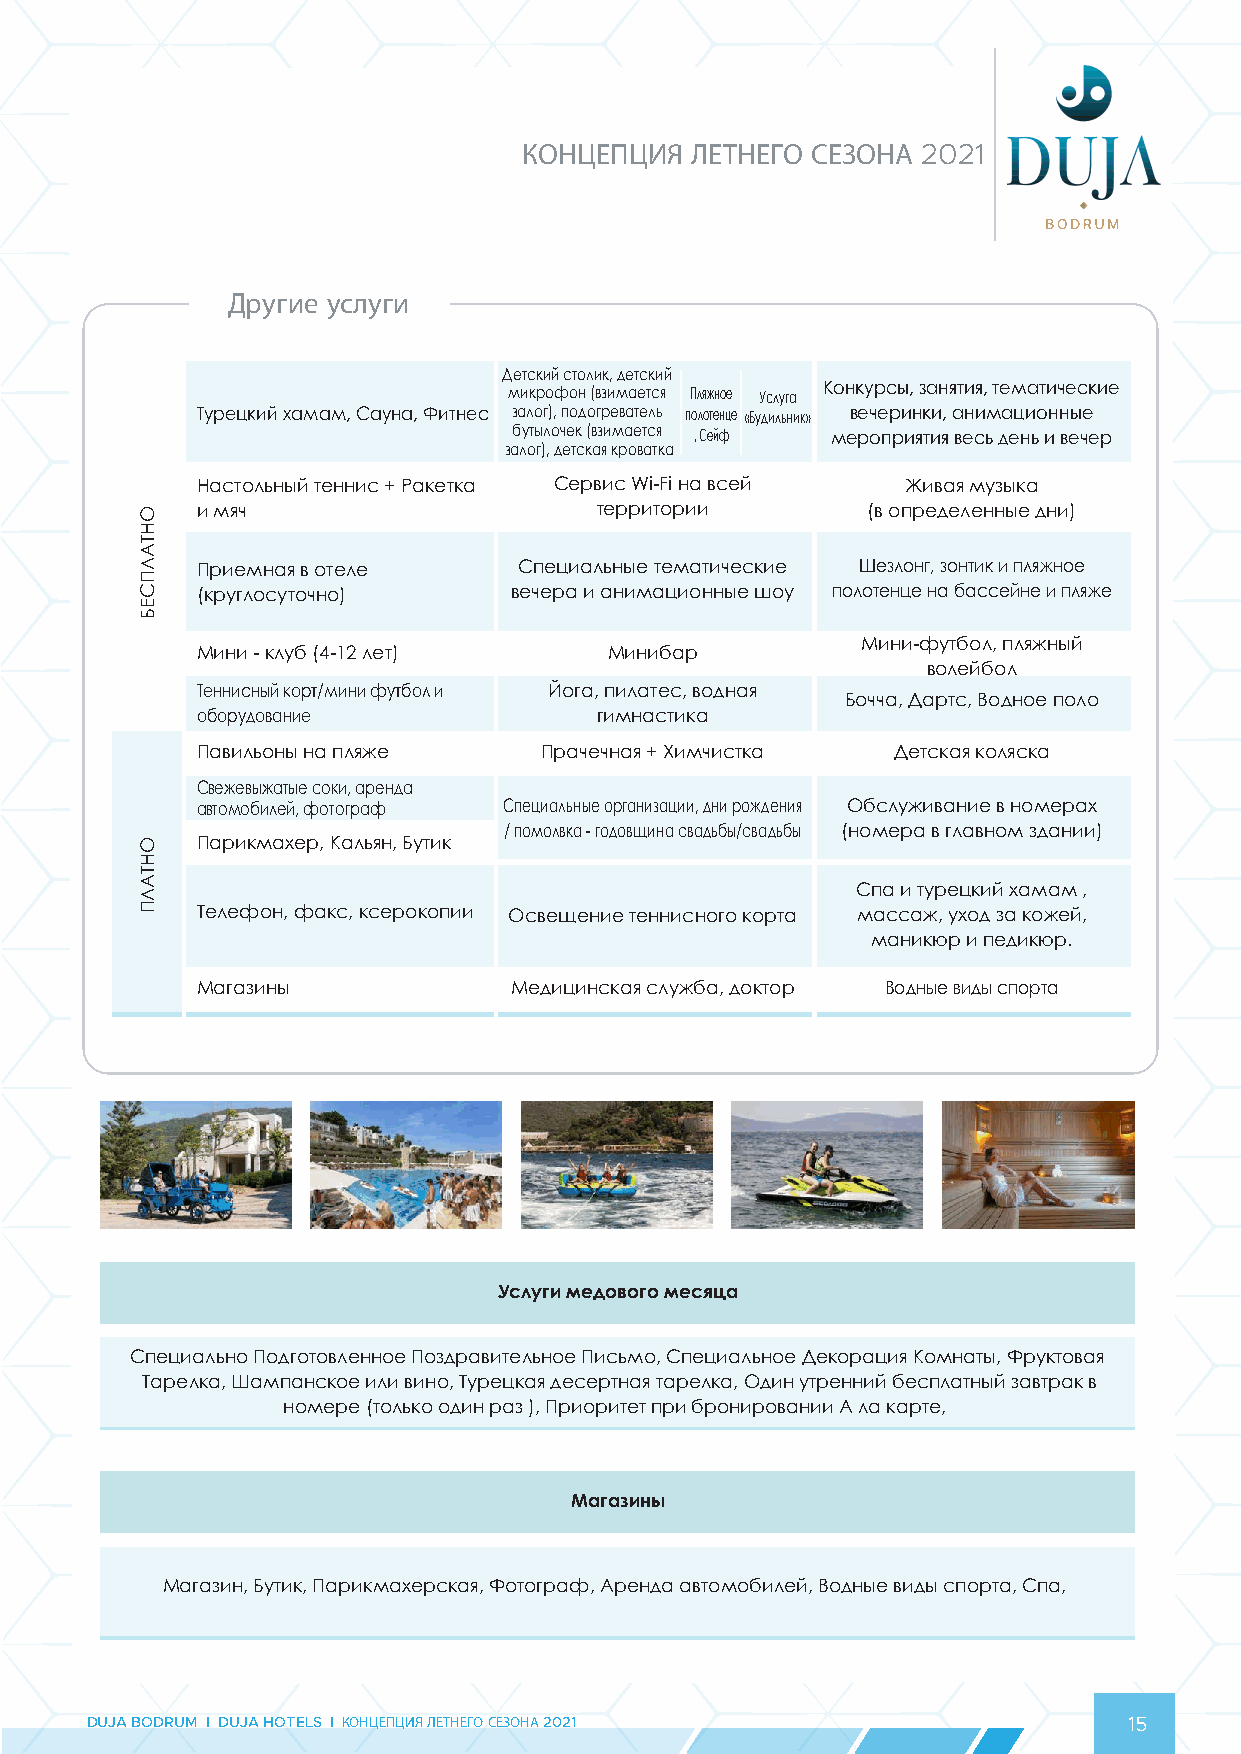
КОНЦЕПЦИЯ  ЛЕТНЕГО СЕЗОНА 2021
 Другие услуги
 Детский столик, детский
 Конкурсы, занятия, тематические
 микрофон (взимается Пляжное Услуга
 Турецкий хамам, Сауна, Фитнес залог), подогреватель полотенце «Будильник» вечеринки, анимационные
 бутылочек (взимается , Сейф мероприятия весь день и вечер
 залог), детская кроватка
 Настольный теннис + Ракетка Сервис Wi-Fi на всей Живая музыка
 и мяч                     территории        (в определенные дни)
 Приемная в отеле     Специальные тематические Шезлонг, зонтик и пляжное
 (круглосуточно)      вечера и анимационные шоу полотенце на бассейне и пляже
 Мини-футбол, пляжный
 Мини - клуб (4-12 лет)     Минибар
 волейбол
 Теннисный корт/мини футбол и Йога, пилатес, водная
 Бочча, Дартс, Водное поло
 оборудование              гимнастика
 Павильоны на пляже     Прачечная + Химчистка  Детская коляска
 Свежевыжатые соки, аренда
 автомобилей, фотограф Специальные организации, дни рождения Обслуживание в номерах
 / помолвка - годовщина свадьбы/свадьбы (номера в главном здании)
 Парикмахер, Кальян, Бутик
 Спа и турецкий хамам ,
 Телефон, факс, ксерокопии Освещение теннисного корта массаж, уход за кожей,
 маникюр и педикюр.
 Магазины             Медицинская служба, доктор Водные виды спорта
 Услуги медового месяца
 Специально Подготовленное Поздравительное Письмо, Cпециальное Декорация Комнаты, Фруктовая
 Тарелка, Шампанское или вино, Турецкая десертная тарелка, Один утренний бесплатный завтрак в
 номере (только один раз ), Приоритет при бронировании А ла карте,
 Магазины
 Магазин, Бутик, Парикмахерская, Фотограф, Аренда автомобилей, Водные виды спорта, Спа,
 DUJA BODRUM I DUJA HOTELS I КОНЦЕПЦИЯ ЛЕТНЕГО СЕЗОНА 2021            15
 ОНТАЛПСЕБ
 ОНТАЛП